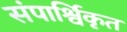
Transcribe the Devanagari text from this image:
संपार्श्विकृत